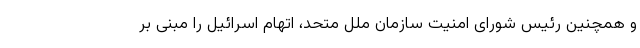
و همچنین رئیس شورای امنیت سازمان ملل متحد، اتهام اسرائیل را مبنی بر